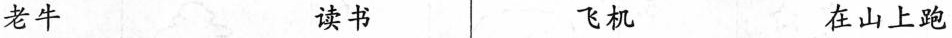
老牛 读书 飞机 在山上跑